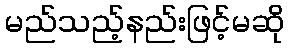
မည်သည့်နည်းဖြင့်မဆို